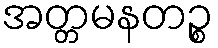
အတ္တမနတဉ္စ